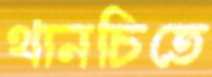
থানচিতে